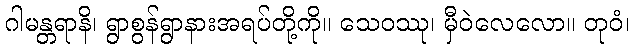
ဂါမန္တရာနိ၊ ရွာစွန်ရွာနားအရပ်တို့ကို။ သေဝဿု၊ မှီဝဲလေလော။ တုဝံ၊